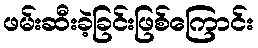
ဖမ်းဆီးခဲ့ခြင်းဖြစ်ကြောင်း